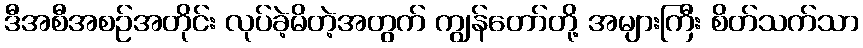
ဒီအစီအစဉ်အတိုင်း လုပ်ခဲ့မိတဲ့အတွက် ကျွန်တော်တို့ အများကြီး စိတ်သက်သာ